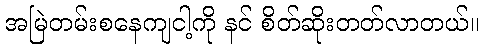
အမြဲတမ်းစနေကျငါ့ကို နင် စိတ်ဆိုးတတ်လာတယ်။